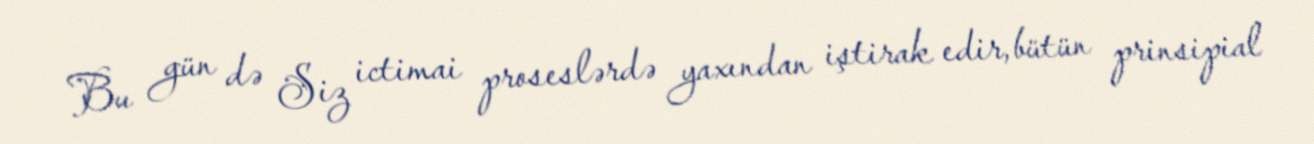
Bu gün də Siz ictimai proseslərdə yaxından iştirak edir, bütün prinsipial